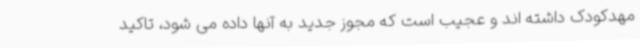
مهدکودک داشته اند و عجیب است که مجوز جدید به آنها داده می شود، تاکید